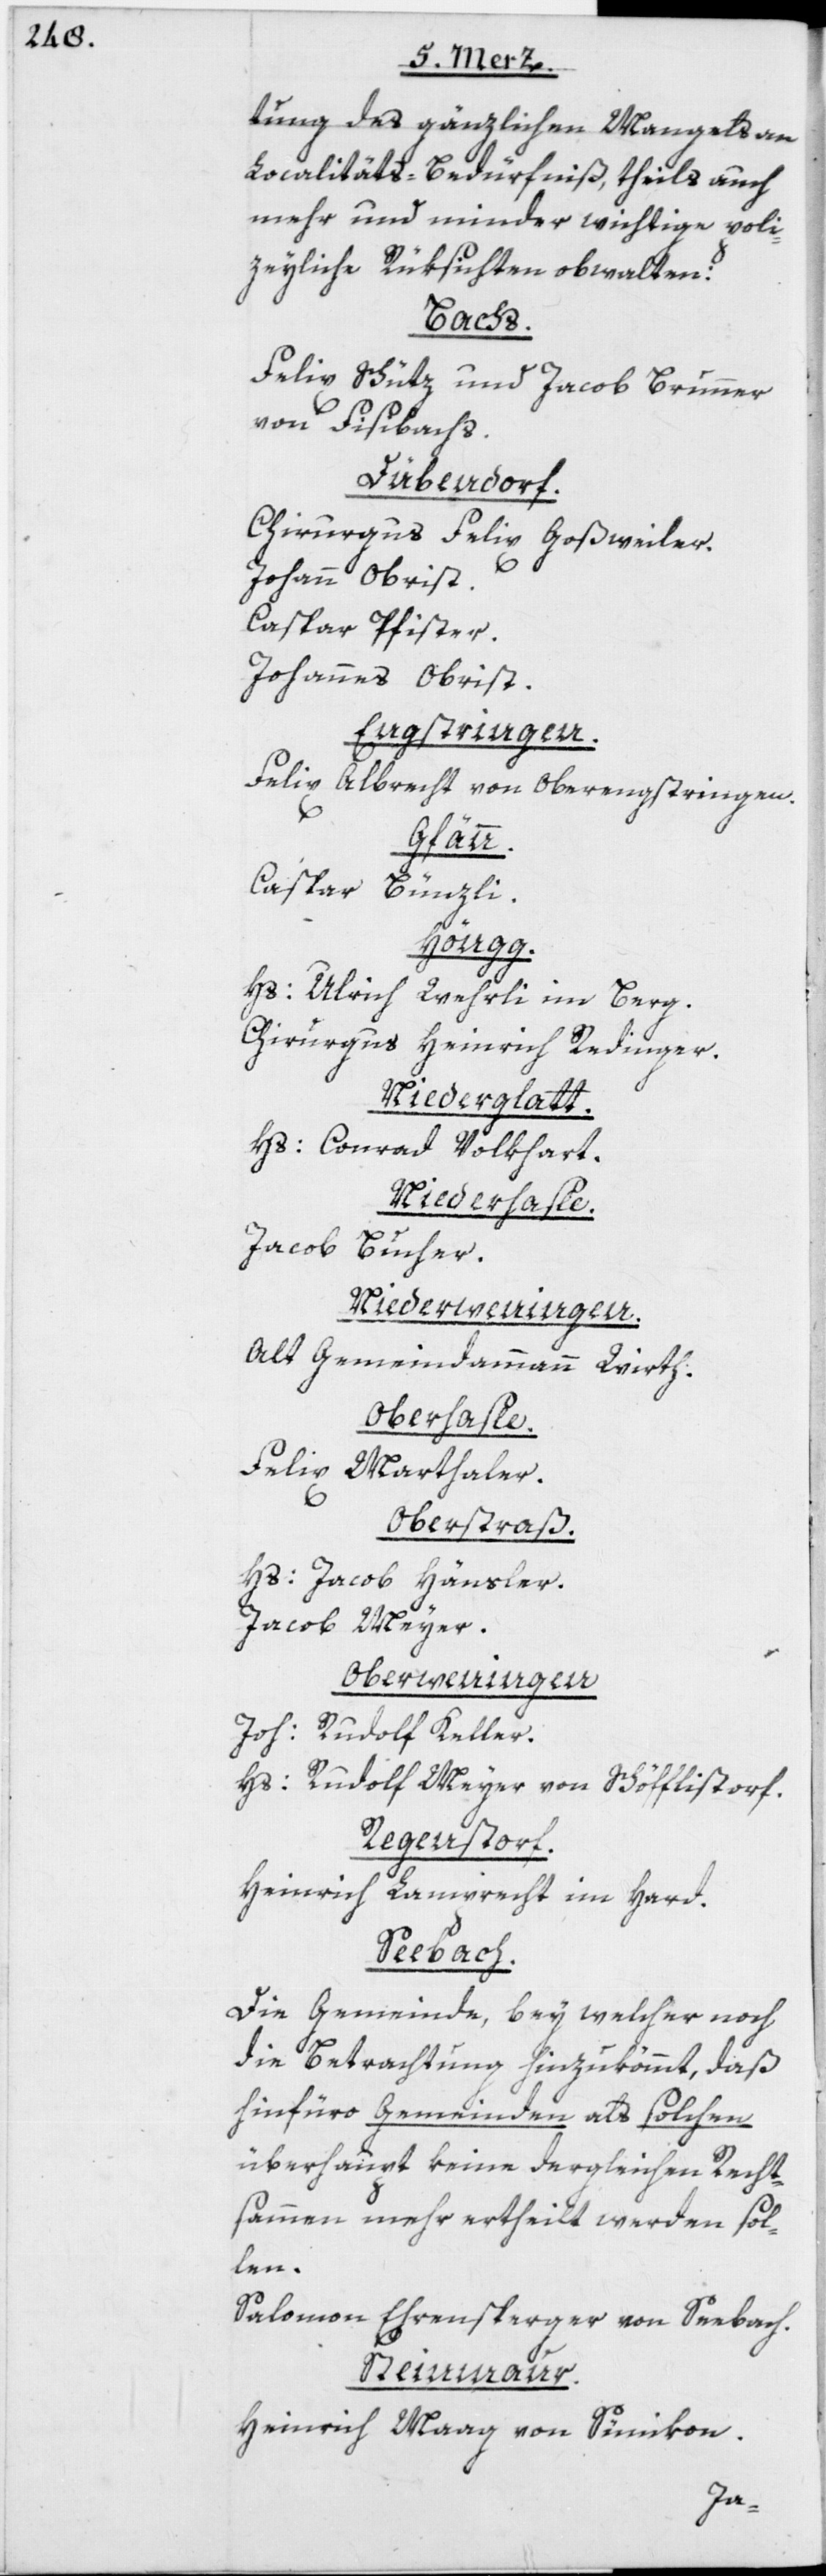
tung des gänzlichen Mangels an
Localitäts-Bedürfniß, theils auch
mehr und minder wichtige poli¬
zeyliche Rüksichten obwalten:
Bachs.
Felix Schütz und Jacob Brunner
von Fisibachs.
Dübendorf.
Chirurgus Felix Goßweiler.
Johann Obrist.
Caspar Pfister.
Johannes Obrist.
Engstringen.
Felix Albrecht von Oberengstringen.
Gfänn.
Caspar Bünzli.
Höngg.
Hs: Ulrich Wehrli im
Berg.
Chirurgus Heinrich Redinger.
Niederglatt.
Hs: Conrad Volkhart.
Niederhasle.
Jacob Bucher.
Niederweningen.
Alt Gemeindammann Wirth.
Oberhasle.
Felix Marthaler.
Oberstraß.
Hs: Jacob Hänsler.
Jacob Meyer.
Oberweningen.
Joh: Rudolf Keller.
Hs: Rudolf Meyer von Schöfflistorf.
Regenstorf.
Heinrich Lamprecht im Hard.
Seebach.
Die Gemeinde, bey welcher noch
die Betrachtung hinzukömmt, daß
hinfüro Gemeinden als solchen
überhaupt keine dergleichen Recht¬
sammen mehr ertheilt werden sol¬
len.
Salomon Ehrensperger von Seebach.
Steinmaur.
Heinrich Maag von Sünikon.